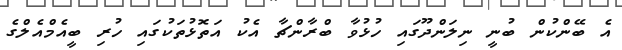
އެ ބޭންކުން ބުނީ ނިލަންދޫގައި ހުޅުވާ ބްރާންޗާ އެކު އަތޮޅުތަކުގައި ހުރި ބީއެމްއެލްގެ